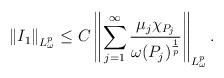
LaTeX: \begin{align*}\left \| \uppercase\expandafter{\romannumeral1}_{1} \right \|_{L_{\omega}^{p}}\leq C\left \|\sum\limits_{j=1}^{\infty}\frac{\mu_j \chi_{P_j}}{\omega(P_j)^{\frac{1}{p}}}\right \|_{L_{\omega}^{p}}.\end{align*}